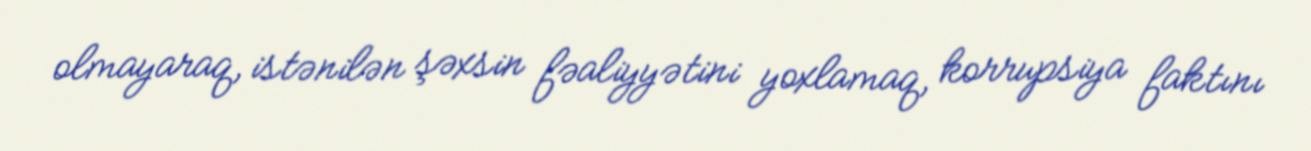
olmayaraq, istənilən şəxsin fəaliyyətini yoxlamaq, korrupsiya faktını